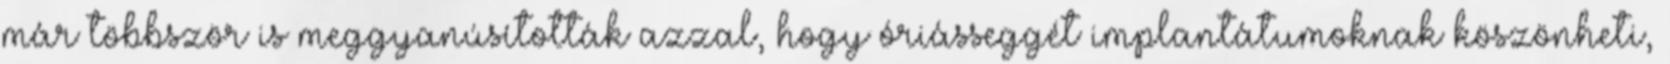
már többször is meggyanúsították azzal, hogy óriásseggét implantátumoknak köszönheti,